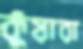
কুঁয়ারা